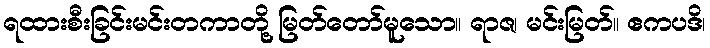
ရထားစီးခြင်းမင်းတကာတို့ မြတ်တော်မူသော။ ရာဇ၊ မင်းမြတ်။ ဧကပဒိ၊